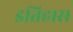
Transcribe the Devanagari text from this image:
इतिहास